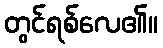
တွင်ရစ်လေ၏။